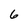
Character: 6